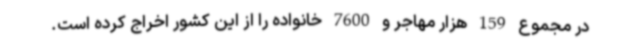
در مجموع 159 هزار مهاجر و 7600 خانواده را از این کشور اخراج کرده است.